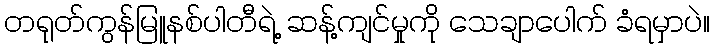
တရုတ်ကွန်မြူနစ်ပါတီရဲ့ ဆန့်ကျင်မှုကို သေချာပေါက် ခံရမှာပဲ။